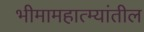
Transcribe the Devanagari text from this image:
भीमामहात्म्यांतील